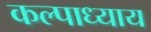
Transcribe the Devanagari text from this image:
कल्पाध्याय